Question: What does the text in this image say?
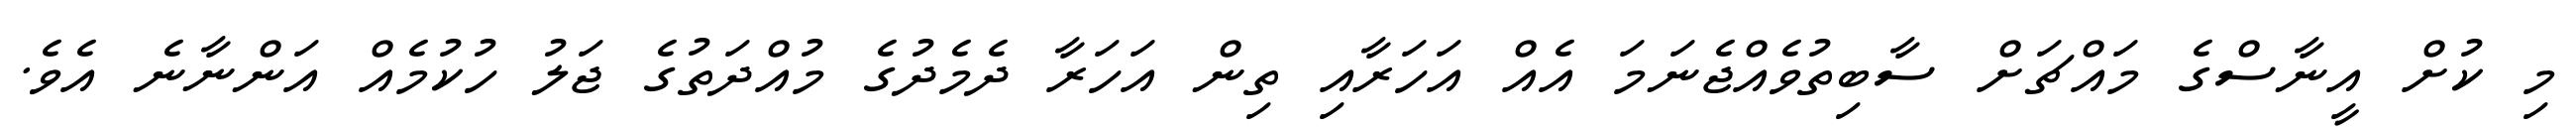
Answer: މި ކުށް އީނާސްގެ މައްޗަށް ސާބިތުވެއްޖެނަމަ އެއް އަހަރާއި ތިން އަހަރާ ދެމެދުގެ މުއްދަތުގެ ޖަލު ހުކުމެއް އަންނާނެ އެވެ.